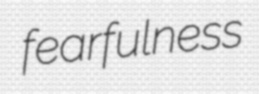
fearfulness